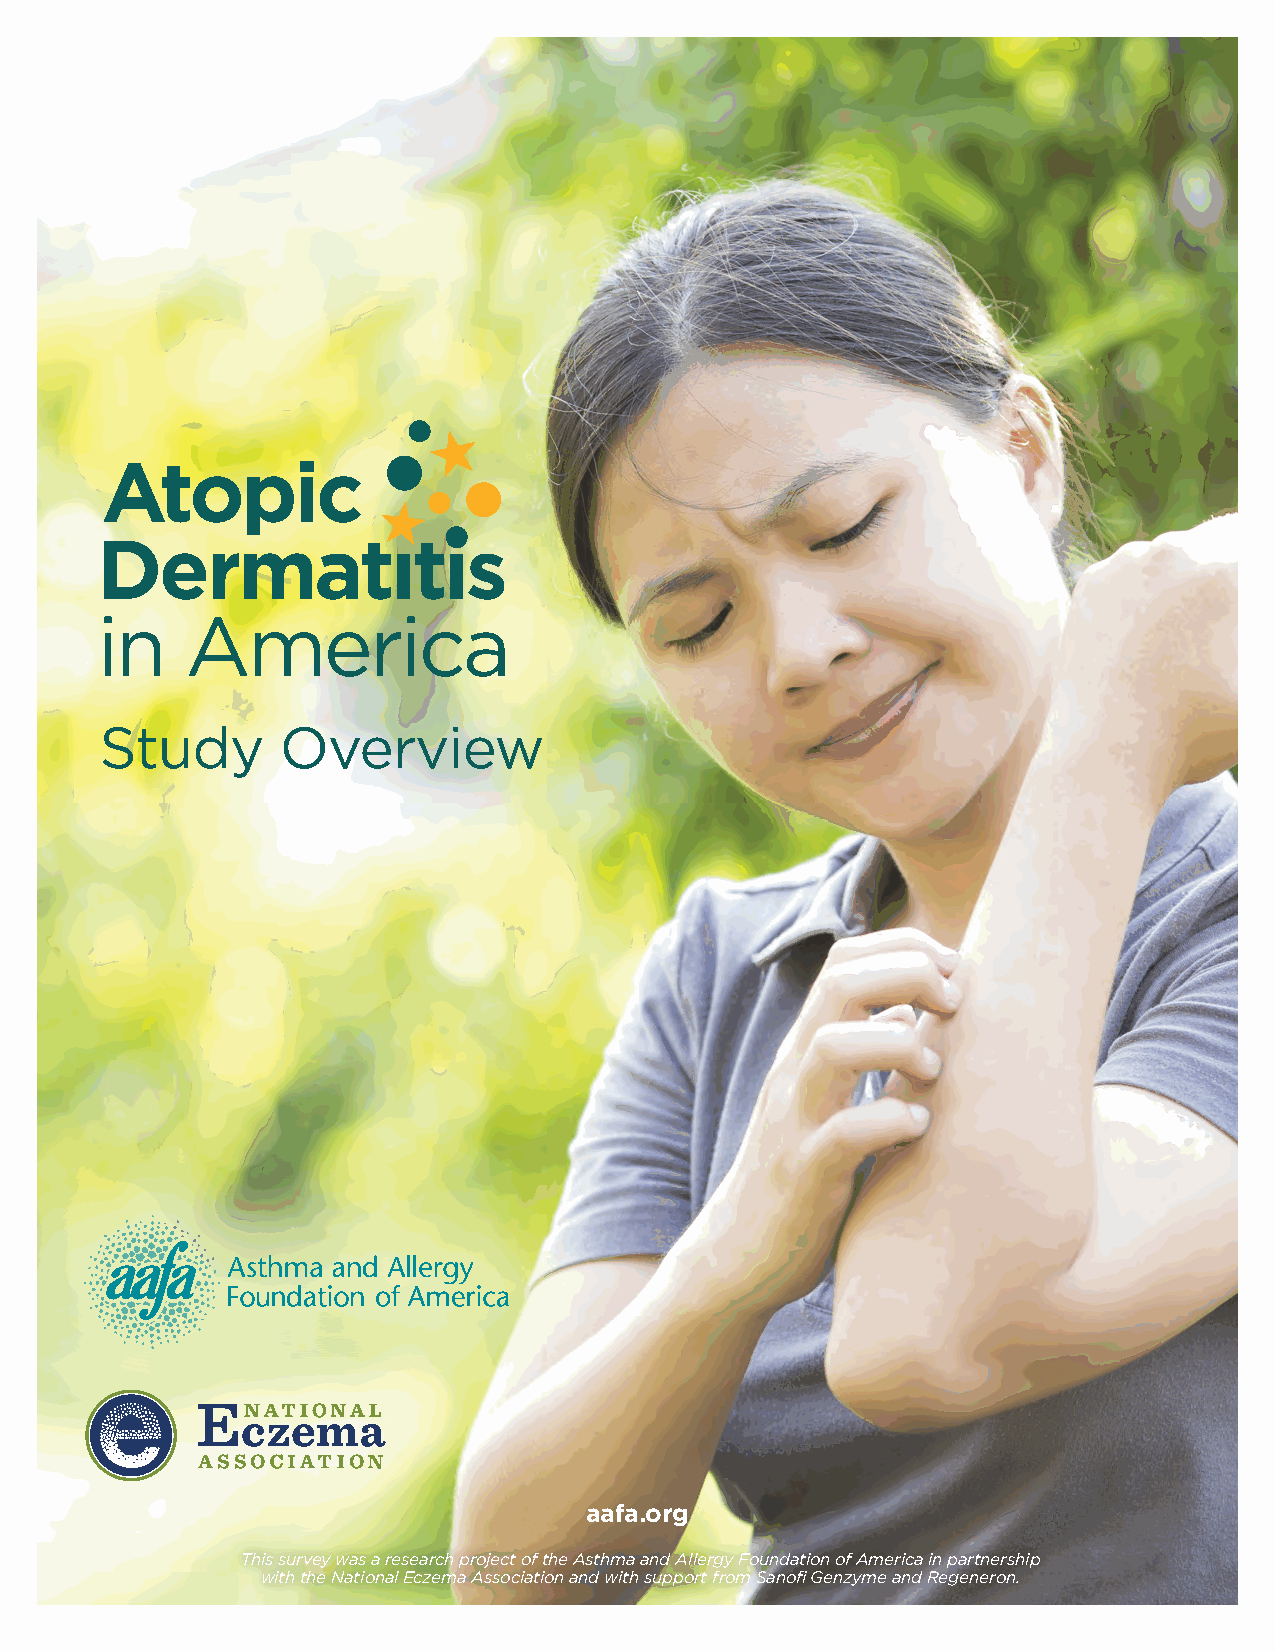
Study       Overview
 aafa.org
 This survey was a research project of the Asthma and Allergy Foundation of America in partnership
 with the National Eczema Association and with support from Sanofi Genzyme and Regeneron.